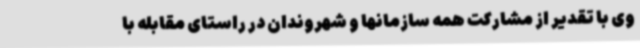
وی با تقدیر از مشارکت همه سازمانها و شهروندان در راستای مقابله با